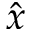
\hat { x }